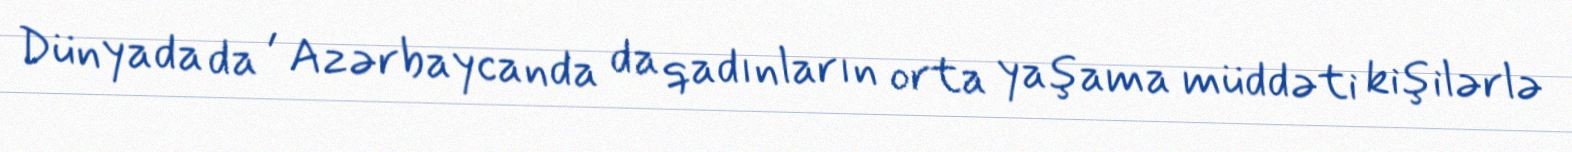
Dünyada da , Azərbaycanda da qadınların orta yaşama müddəti kişilərlə